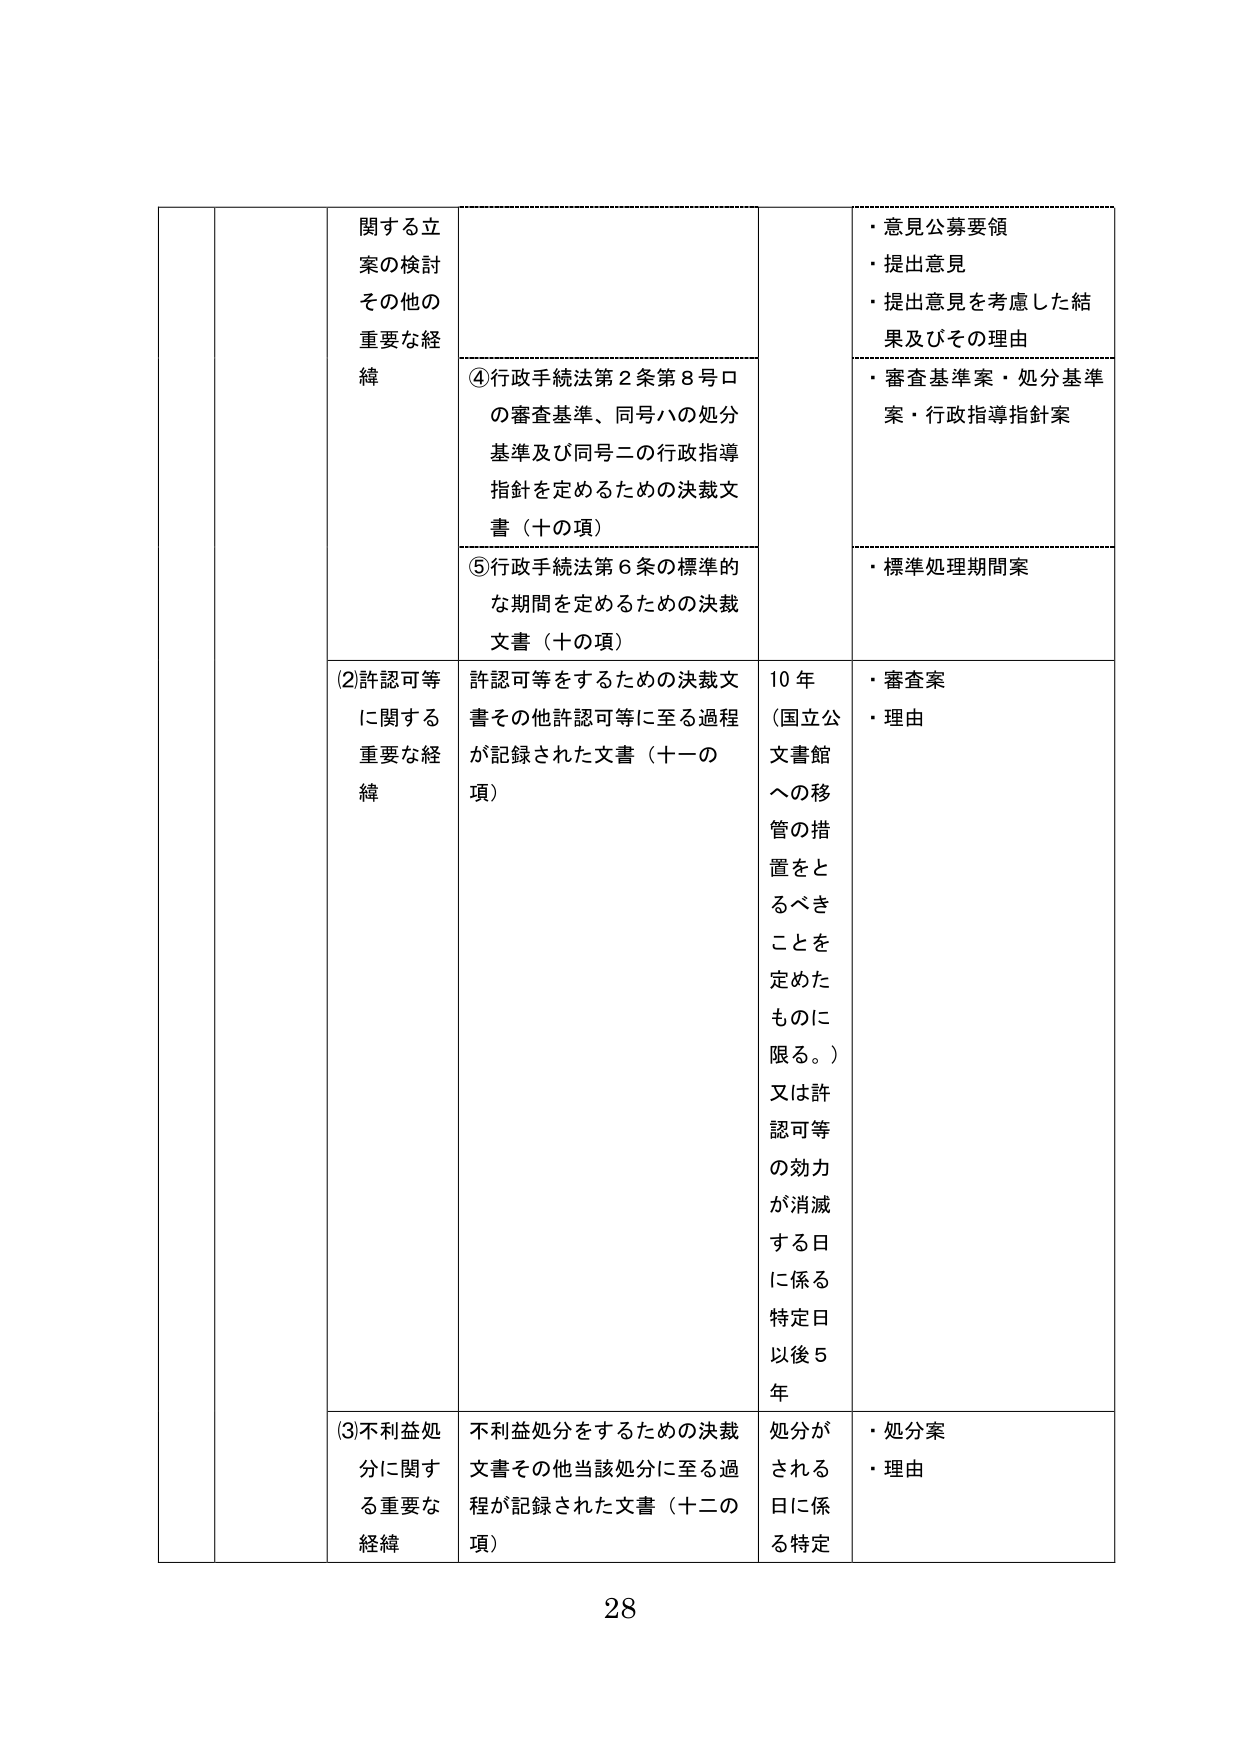
関する立案の検討 その他の重要な経緯
④行政手続法第2条第8号ロの審査基準、同号ハの処分基準及び同号ニの行政指導指針を定めるための決裁文書（十の項）
⑤行政手続法第6条の標準的な期間を定めるための決裁文書（十の項）
(2)許認可等に関する重要な経緯
許認可等をするための決裁文書その他許認可等に至る過程が記録された文書（十一の項）
10年（国立公文書館への移管の措置をとるべきことを定めたものに限る。）又は許認可等の効力が消滅する日に係る特定日以後5年
・意見公募要領
・提出意見
・提出意見を考慮した結果及びその理由
・審査基準案・処分基準案・行政指導指針案
・標準処理期間案
・審査案
・理由
(3)不利益処分に関する重要な経緯
不利益処分をするための決裁文書その他当該処分に至る過程が記録された文書（十二の項）
処分がされる日に係る特定
・処分案
・理由
28